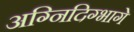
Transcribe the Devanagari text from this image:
अग्निदिग्भागे